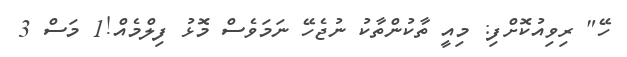
ހޭ" ރިވިއުކޮށްފި: މިއީ ތާކުންތާކު ނުޖެހޭ ނަމަވެސް މޮޅު ފިލްމެއް!1 މަސް 3